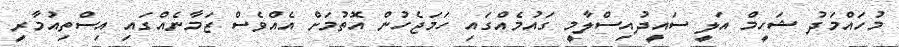
މުހައްމަދު ޝަހީމް އަލީ ސައީދުއިސްލާމީ ގައުމެއްގައި ހަމަޖެހުން އޮތުމަށް އެއްވެސް ޒަމާނެއްގައި އިސްތިއުމާރީ